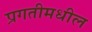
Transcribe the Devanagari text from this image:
प्रगतीमधील